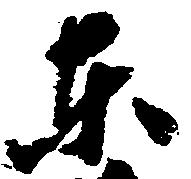
東